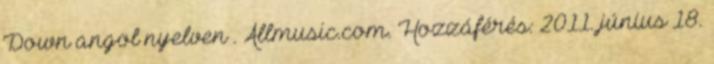
Down angol nyelven . Allmusic.com. Hozzáférés: 2011. június 18.